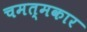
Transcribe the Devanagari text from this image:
चमत्मकार